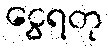
ငွေရတု